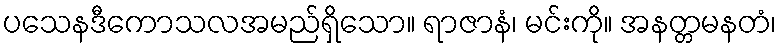
ပသေနဒီကောသလအမည်ရှိသော။ ရာဇာနံ၊ မင်းကို။ အနတ္တမနတံ၊